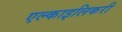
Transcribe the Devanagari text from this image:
एल्काइलिकरी